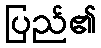
ပြည်၏